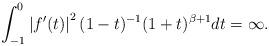
LaTeX: \begin{align*}\int_{-1}^{0}\left\vert f^{\prime}(t)\right\vert ^{2}(1-t)^{-1}(1+t)^{\beta+1}dt=\infty.\end{align*}